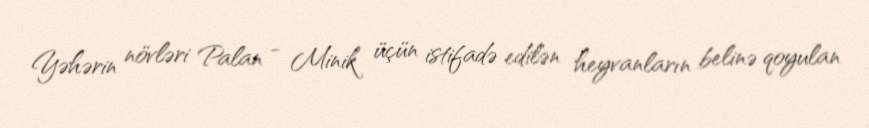
Yəhərin növləri Palan - Minik üçün istifadə edilən heyvanların belinə qoyulan